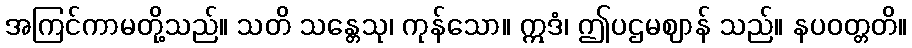
အကြင်ကာမတို့သည်။ သတိ သန္တေသု၊ ကုန်သော။ ဣဒံ၊ ဤပဌမဈာန် သည်။ နပဝတ္တတိ။